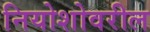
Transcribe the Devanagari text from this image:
नियोशोवरील